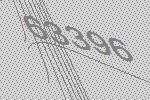
63396